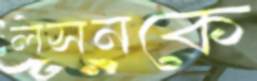
লসনকে